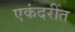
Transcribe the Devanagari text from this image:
एकंदरींत